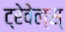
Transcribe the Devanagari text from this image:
ट्रेवेल्स्